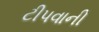
ટીપવાની